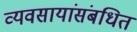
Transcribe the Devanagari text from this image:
व्यवसायांसंबधित